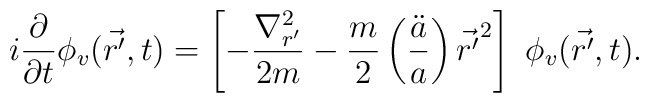
i \frac{\partial}{\partial t} \phi_v ( \vec {r'}, t) = \left[ - \frac{{\nabla}^2_{r'}}{2 m} - \frac{m}{2}   \left( \frac{\ddot a}{a} \right) {\vec {r'}}^2 \right] \     \phi_v (\vec {r'}, t).